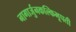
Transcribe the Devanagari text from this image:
नागार्जुनकल्किभूपती